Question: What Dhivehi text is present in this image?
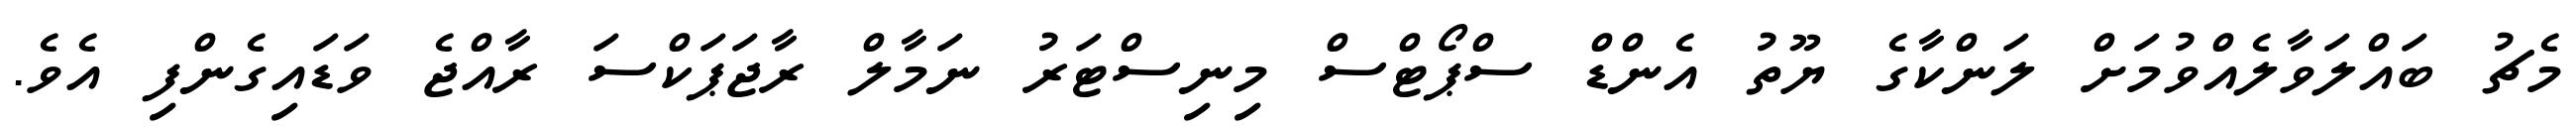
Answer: މެޗު ބައްލަވާލެއްވުމަށް ލަންކާގެ ޔޫތު އެންޑް ސްޕޯޓްސް މިނިސްޓަރު ނަމާލް ރާޖަޕަކްސަ ރާއްޖެ ވަޑައިގެންފި އެވެ.